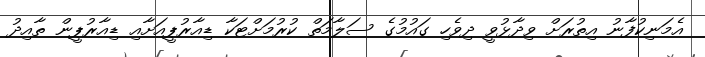
އެމަނިކުފާނު އިތުރަށް ވިދާޅުވީ ދިވެހި ގައުމުގެ ސަލާމަތް ކުރުމަށްޓަކާ ޑިއާރުޕީއަށާއި ޑިއާރުޕީން ތާއިދު